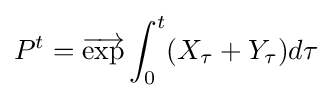
P^{t}={\overrightarrow {\mathrm {exp} }}\int _{0}^{t}(X_{\tau }+Y_{\tau })d\tau